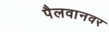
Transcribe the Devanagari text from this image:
पैलवानवर